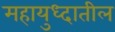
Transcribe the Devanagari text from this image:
महायुध्दातील